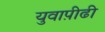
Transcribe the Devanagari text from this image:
युवाप़ीढी